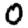
Digit: 0